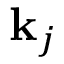
\mathbf { k } _ { j }